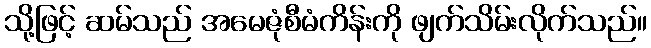
သို့ဖြင့် ဆမ်သည် အမေဇုံစီမံကိန်းကို ဖျက်သိမ်းလိုက်သည်။